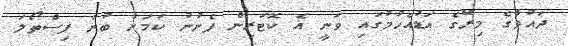
ދައުވާގެ މިރޭގެ އަޑުއެހުމުގައި ވަނީ އެ ކޮޓަރިން ފެނުނު ކަމަށް ބުނާ ފިސްތޯލަ